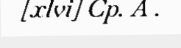
[xlvi] Cp. A .